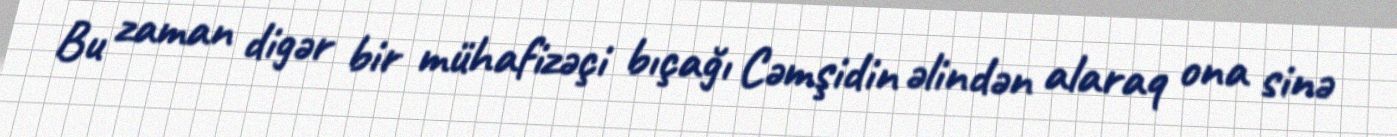
Bu zaman digər bir mühafizəçi bıçağı Cəmşidin əlindən alaraq ona sinə